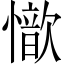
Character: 𢣇